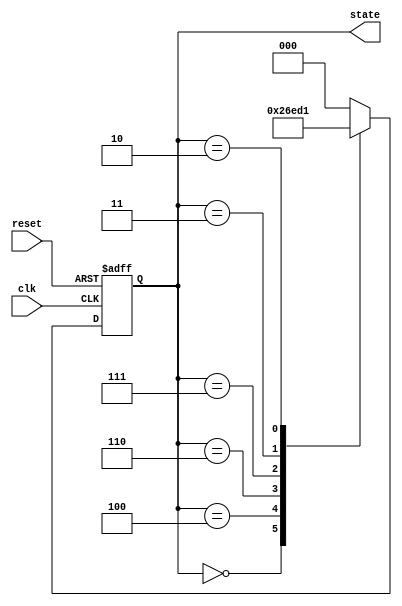
module johnson_counter (
    input wire clk,          // Clock input
    input wire reset,        // Asynchronous reset
    output reg [2:0] state   // 3-bit output representing the current state
);

// State encoding
localparam S0 = 3'b000; // State 0
localparam S1 = 3'b100; // State 1
localparam S2 = 3'b110; // State 2
localparam S3 = 3'b111; // State 3
localparam S4 = 3'b011; // State 4
localparam S5 = 3'b010; // State 5
localparam S6 = 3'b001; // State 6
localparam S7 = 3'b000; // State 7 (wraps around)

// State transition logic
always @(posedge clk or posedge reset) begin
    if (reset) begin
        state <= S0; // Reset to State 0
    end else begin
        case (state)
            S0: state <= S1;
            S1: state <= S2;
            S2: state <= S3;
            S3: state <= S4;
            S4: state <= S5;
            S5: state <= S6;
            S6: state <= S7;
            S7: state <= S0; // Wrap around to State 0
            default: state <= S0; // Default case to avoid latches
        endcase
    end
end

endmodule